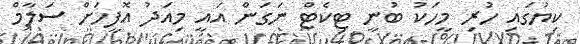
ކިޔުގައި ހުރި މީހަކު ބުނީ ޓިކެޓް ނަގަން އައީ މިއަދު އޮފީހަށް ސަލާމް